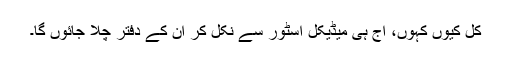
کل کیوں کہوں، آج ہی میڈیکل اسٹور سے نکل کر ان کے دفتر چلا جائوں گا۔